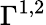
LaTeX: \Gamma^{1,2}